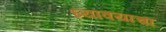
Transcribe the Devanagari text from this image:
घ्‍यावयाचा